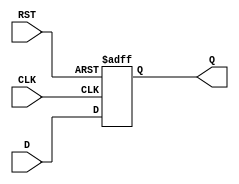
module neg_edge_d_ff (
    input D,
    input CLK,
    input RST,
    output reg Q
);

always @(negedge CLK or posedge RST)
begin
    if (RST)
        Q <= 0; // Reset value
    else
        Q <= D;
end

endmodule